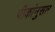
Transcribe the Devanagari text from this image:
पीकांनुसार